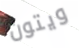
ويتون